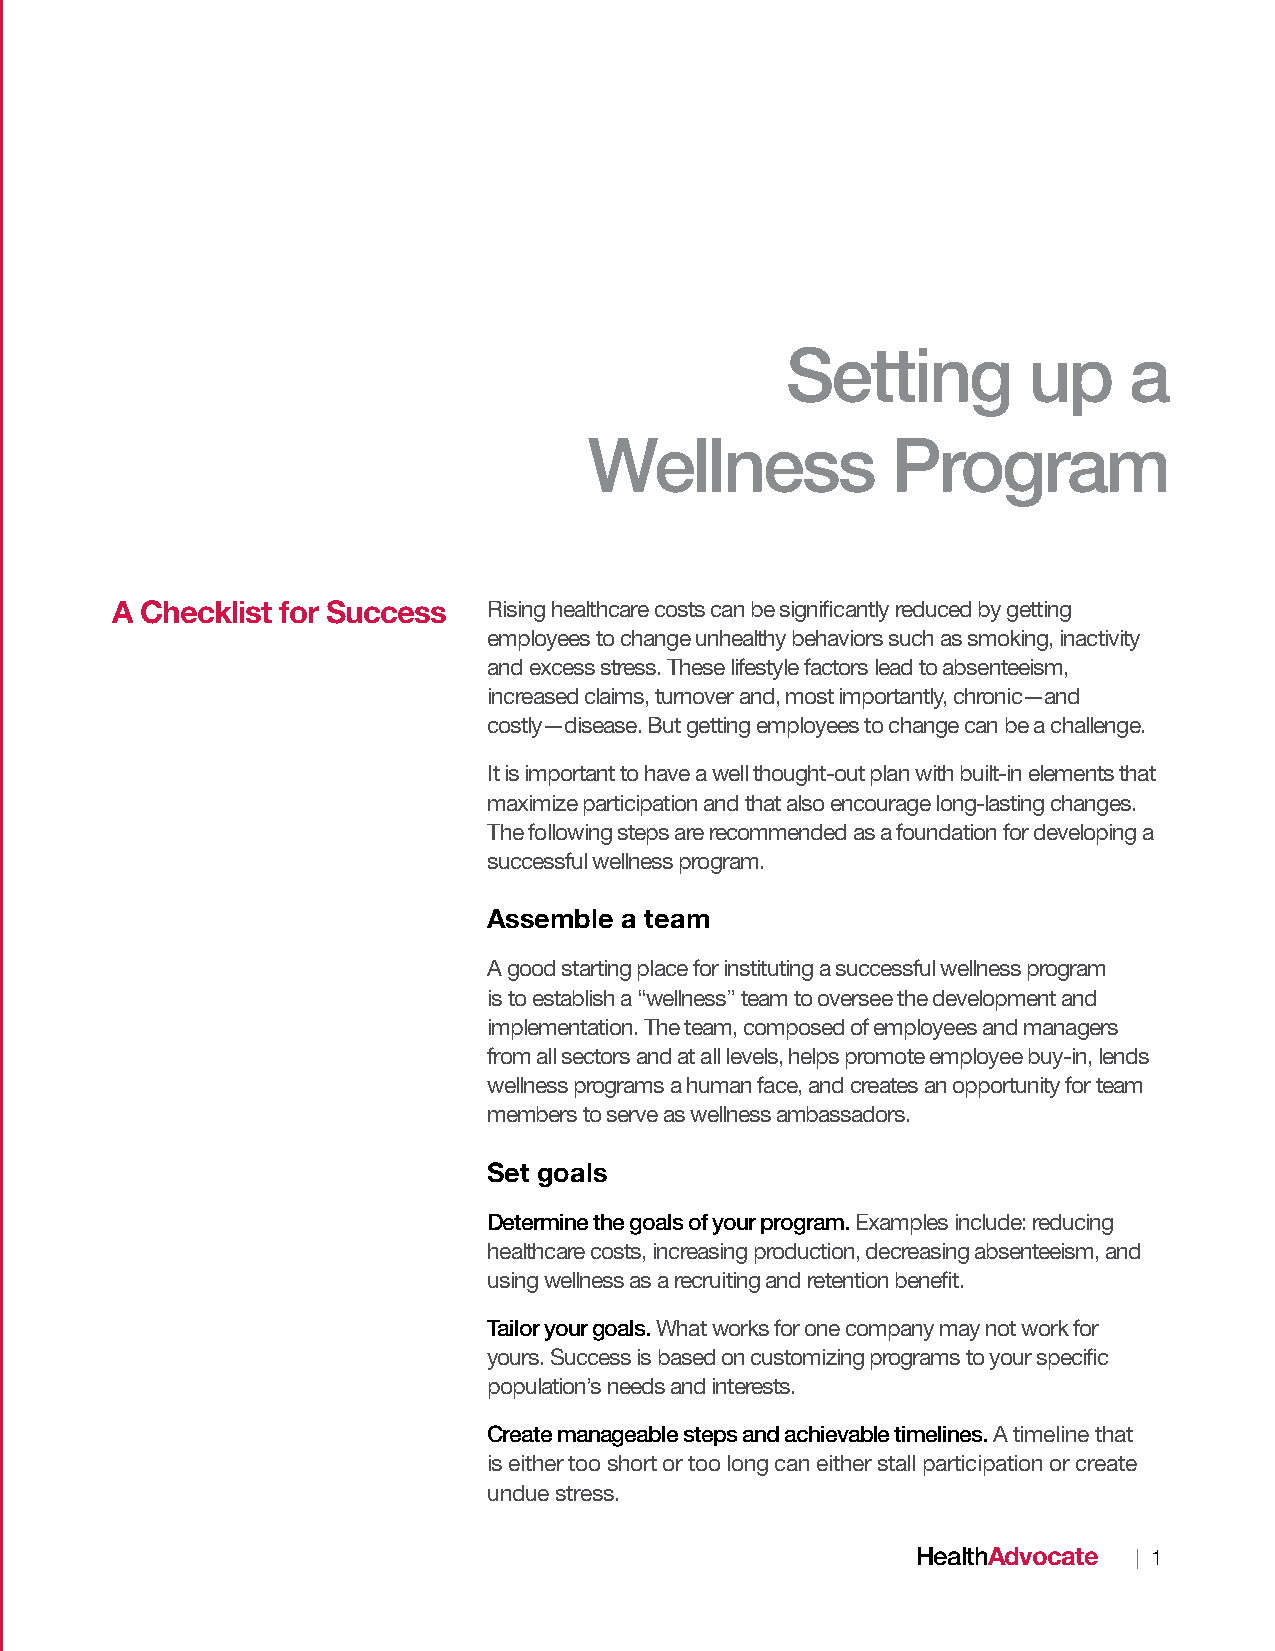
Setting         up     a
 Wellness            Program
 A Checklist for Success  Rising healthcare costs can be significantly reduced by getting
 employees to change unhealthy behaviors such as smoking, inactivity
 and excess stress. These lifestyle factors lead to absenteeism,
 increased claims, turnover and, most importantly, chronic—and
 costly—disease. But getting employees to change can be a challenge.
 It is important to have a well thought-out plan with built-in elements that
 maximize participation and that also encourage long-lasting changes.
 The following steps are recommended as a foundation for developing a
 successful wellness program.
 Assemble a team
 A good starting place for instituting a successful wellness program
 is to establish a “wellness” team to oversee the development and
 implementation. The team, composed of employees and managers
 from all sectors and at all levels, helps promote employee buy-in, lends
 wellness programs a human face, and creates an opportunity for team
 members to serve as wellness ambassadors.
 Set goals
 Determine the goals of your program. Examples include: reducing
 healthcare costs, increasing production, decreasing absenteeism, and
 using wellness as a recruiting and retention benefit.
 Tailor your goals. What works for one company may not work for
 yours. Success is based on customizing programs to your specific
 population’s needs and interests.
 Create manageable steps and achievable timelines. A timeline that
 is either too short or too long can either stall participation or create
 undue stress.
 HealthAdvocate | 1